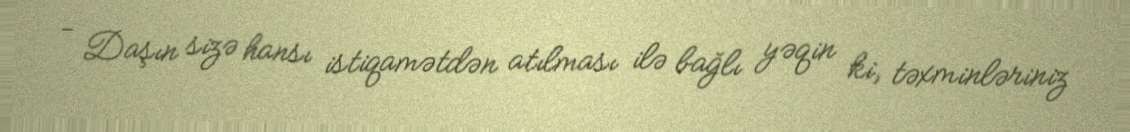
- Daşın sizə hansı istiqamətdən atılması ilə bağlı yəqin ki, təxminləriniz